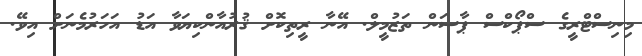
މިނިސްޓްރީގެ ސްޕޯކްސް ޕާސަން ތަޒުމީލް. އޭނާ ރީތިކޮށް ޤުރުއާންކިޔަވާ އަޑު އަހަރުމެނަށް އިވޭ.